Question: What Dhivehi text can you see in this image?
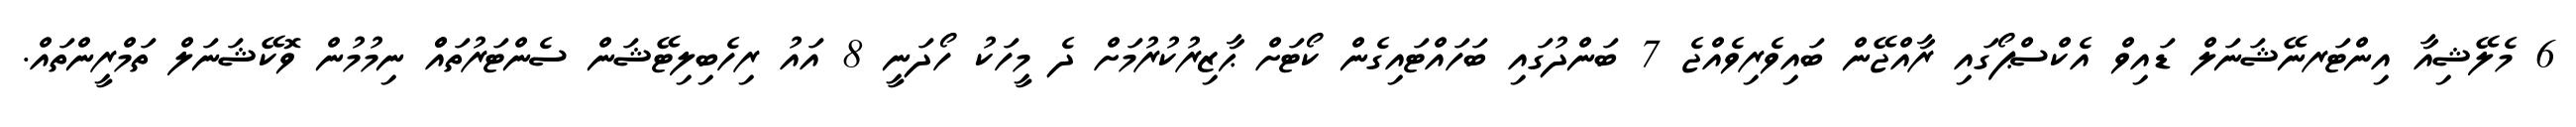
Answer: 6 މެލޭޝިއާ އިންޓަރނޭޝަނަލް ޑައިވް އެކްސްޕޯގައި ރާއްޖޭން ބައިވެރިވެއްޖެ 7 ބަންދުގައި ބަހައްޓައިގެން ކޯޓަށް ޙާޒިރުކުރުމަށް ދެ މީހަކު ހޯދަނީ 8 އައު ރިހެބިލިޓޭޝަން ސެންޓަރުތައްް ނިމުމުން ވޮކޭޝަނަލް ތަމްރީންތައް.